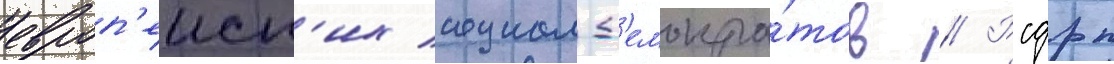
европ'еиск'их социал-д'емокра́тов // Рсдрп